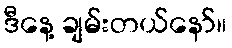
ဒီနေ့ ချမ်းတယ်နော်။